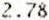
2.78